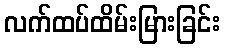
လက်ထပ်ထိမ်းမြားခြင်း